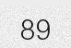
89